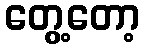
တွေ့တော့